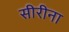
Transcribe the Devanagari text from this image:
सीरीना